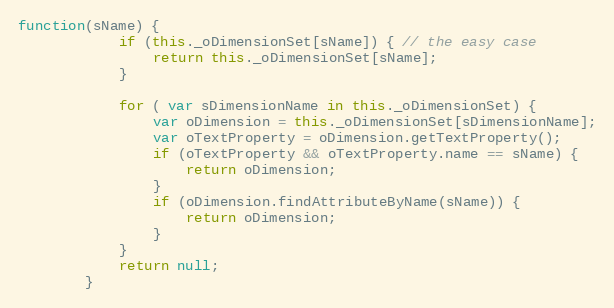
Language: JavaScript
function(sName) {
			if (this._oDimensionSet[sName]) { // the easy case
				return this._oDimensionSet[sName];
			}

			for ( var sDimensionName in this._oDimensionSet) {
				var oDimension = this._oDimensionSet[sDimensionName];
				var oTextProperty = oDimension.getTextProperty();
				if (oTextProperty && oTextProperty.name == sName) {
					return oDimension;
				}
				if (oDimension.findAttributeByName(sName)) {
					return oDimension;
				}
			}
			return null;
		}